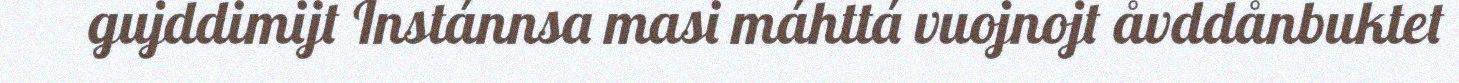
gujddimijt Instánnsa masi máhttá vuojnojt åvddånbuktet